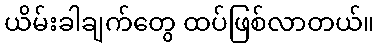
ယိမ်းခါချက်တွေ ထပ်ဖြစ်လာတယ်။